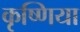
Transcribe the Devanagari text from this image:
कृष्णिया